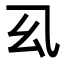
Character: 𭙉